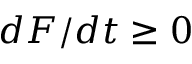
d F / d t \geq 0